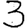
Digit: 3